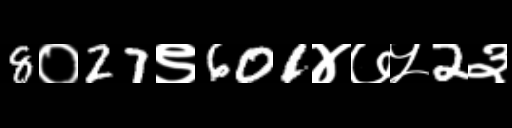
Text: 8०27९601४७५2३